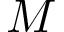
M